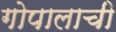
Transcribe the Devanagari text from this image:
गोपालाची